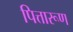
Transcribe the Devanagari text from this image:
पित्तारूण